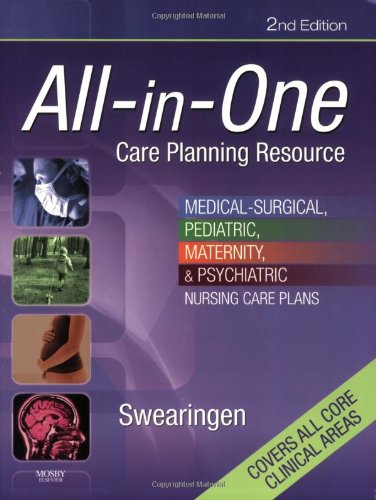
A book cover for All-in-One Care Planning Resource: Medical-Surgical, Pediatric, Maternity, and Psychiatric Nursing Care Plans (All-In-One Care Planning Resource: Med-Surg, Peds, Maternity, & Psychiatric Nursing); Pamela L. Swearingen; Medical Books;